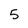
Character: 5